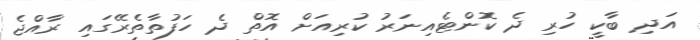
އަދި ބާކީ ހުރި ދެ ކޮންޓެއިނަރު ކުރިއަށް އޮތް ދެ ހަފުތާތެރޭގައި ރާއްޖެ